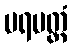
ပရမတ္ထံ